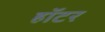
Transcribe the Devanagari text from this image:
हॉटर